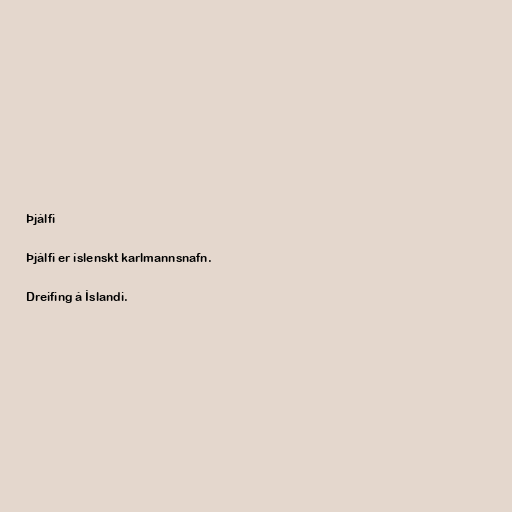
Þjálfi

Þjálfi er íslenskt karlmannsnafn.

Dreifing á Íslandi.